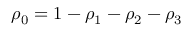
\rho _ { 0 } = 1 - \rho _ { 1 } - \rho _ { 2 } - \rho _ { 3 }